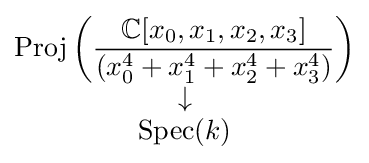
{\begin{matrix}\operatorname {Proj} \left({\dfrac {\mathbb {C} [x_{0},x_{1},x_{2},x_{3}]}{(x_{0}^{4}+x_{1}^{4}+x_{2}^{4}+x_{3}^{4})}}\right)\\\downarrow \\\operatorname {Spec} (k)\end{matrix}}